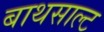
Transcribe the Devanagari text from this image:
बाथसाल्ट